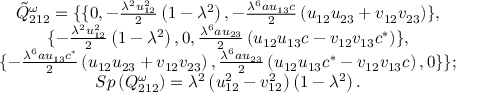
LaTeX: \begin{array} { c } { { { \tilde { Q } } _ { 2 1 2 } ^ { \omega } = \{ \{ 0 , - \frac { \lambda ^ { 2 } u _ { 1 2 } ^ { 2 } } 2 \left( 1 - \lambda ^ { 2 } \right) , - \frac { \lambda ^ { 6 } a u _ { 1 3 } c } 2 \left( u _ { 1 2 } u _ { 2 3 } + v _ { 1 2 } v _ { 2 3 } \right) \} , } } \\ { { \{ - \frac { \lambda ^ { 2 } u _ { 1 2 } ^ { 2 } } 2 \left( 1 - \lambda ^ { 2 } \right) , 0 , \frac { \lambda ^ { 6 } a u _ { 2 3 } } 2 \left( u _ { 1 2 } u _ { 1 3 } c - v _ { 1 2 } v _ { 1 3 } c ^ { * } \right) \} , } } \\ { { \{ - \frac { \lambda ^ { 6 } a u _ { 1 3 } c ^ { * } } 2 \left( u _ { 1 2 } u _ { 2 3 } + v _ { 1 2 } v _ { 2 3 } \right) , \frac { \lambda ^ { 6 } a u _ { 2 3 } } 2 \left( u _ { 1 2 } u _ { 1 3 } c ^ { * } - v _ { 1 2 } v _ { 1 3 } c \right) , 0 \} \} ; } } \\ { { S p \left( Q _ { 2 1 2 } ^ { \omega } \right) = \lambda ^ { 2 } \left( u _ { 1 2 } ^ { 2 } - v _ { 1 2 } ^ { 2 } \right) \left( 1 - \lambda ^ { 2 } \right) . } } \end{array}